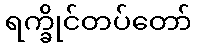
ရက္ခိုင်တပ်တော်